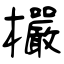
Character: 欕